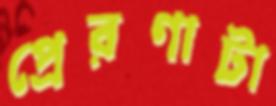
প্রেরণাটা